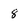
Character: 8